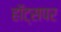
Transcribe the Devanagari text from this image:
हॉट्सपर